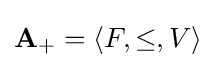
\mathbf {A} _{+}=\langle F,\leq ,V\rangle